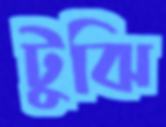
টুঝি